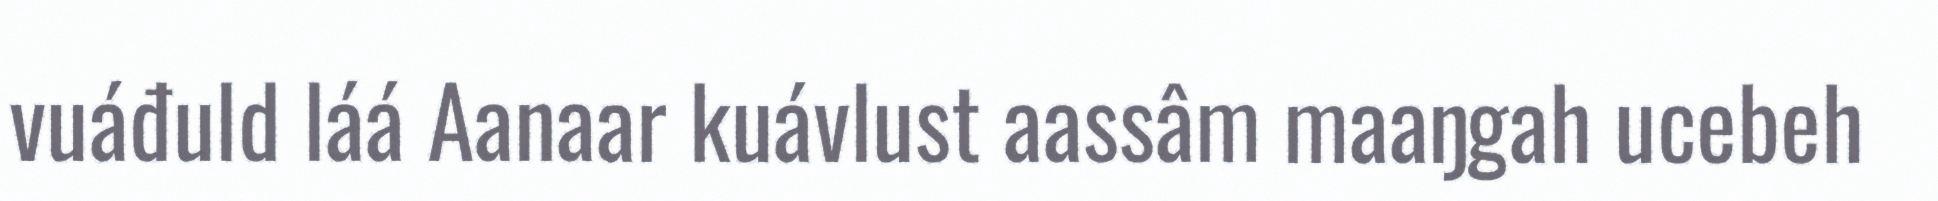
vuáđuld láá Aanaar kuávlust aassâm maaŋgah ucebeh